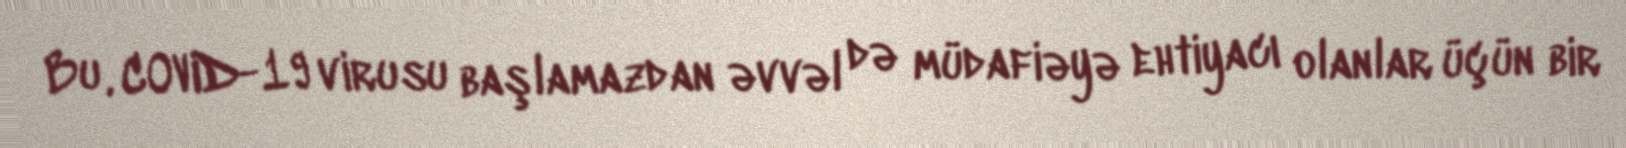
Bu, COVID-19 virusu başlamazdan əvvəl də müdafiəyə ehtiyacı olanlar üçün bir